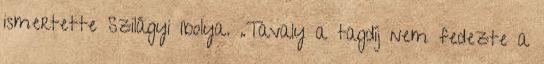
ismertette Szilágyi Ibolya. „Tavaly a tagdíj nem fedezte a